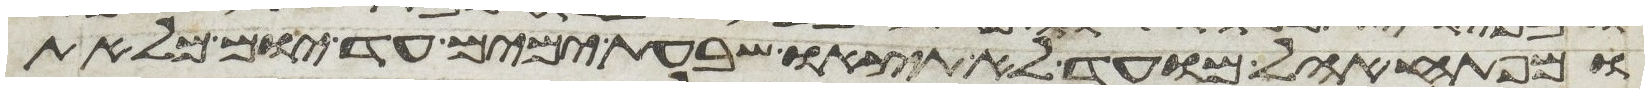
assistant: ומפתח אהל מועד לא תצאו שבעת ימים עד יום מלאת